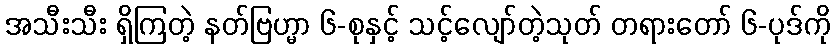
အသီးသီး ရှိကြတဲ့ နတ်ဗြဟ္မာ ၆-စုနှင့် သင့်လျော်တဲ့သုတ် တရားတော် ၆-ပုဒ်ကို